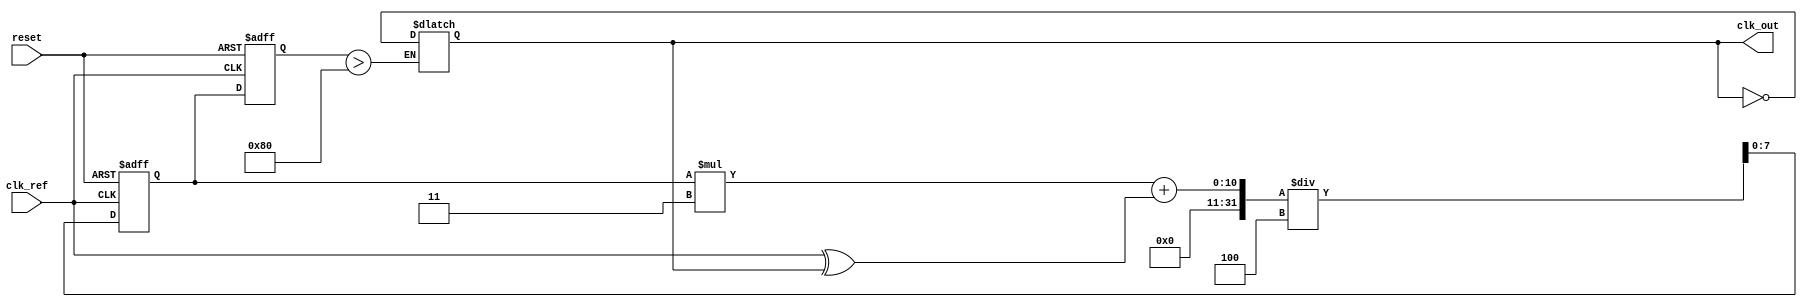
module PLL (
    input wire clk_ref,      // Reference clock input
    input wire reset,        // Reset signal
    output wire clk_out      // Output clock
);
    // Parameters
    parameter PHASE_COUNT = 8; // Number of phases to store
    parameter LPF_FACTOR = 4;   // Low-pass filter factor

    // Internal signals
    reg [PHASE_COUNT-1:0] phase_memory; // Memory block for phase storage
    reg [7:0] vco_control;              // Control voltage for VCO
    wire phase_error;                   // Phase error signal
    wire clk_vco;                       // VCO output clock
    reg [7:0] lpf;                      // Low-pass filter output

    // Phase Detector (PD)
    assign phase_error = clk_ref ^ clk_vco; // Example phase error calculation
    
    // Low-Pass Filter (LPF)
    always @(posedge clk_ref or posedge reset) begin
        if (reset) begin
            lpf <= 0; // Reset LPF
        end else begin
            lpf <= (lpf * (LPF_FACTOR - 1) + phase_error) / LPF_FACTOR; // Simple LPF implementation
        end
    end

    // Voltage-Controlled Oscillator (VCO)
    always @(posedge clk_ref or posedge reset) begin
        if (reset) begin
            vco_control <= 0; // Reset VCO control voltage
        end else begin
            vco_control <= lpf; // Set VCO control voltage to filtered value
        end
    end

    // VCO Simulation - Adjust output frequency based on control voltage
    always @(vco_control) begin
        clk_vco <= (vco_control > 128) ? ~clk_vco : clk_vco; // Example frequency control
    end

    // Memory block to store phase information
    always @(posedge clk_ref or posedge reset) begin
        if (reset) begin
            phase_memory <= 0; // Reset memory block
        end else begin
            phase_memory <= {phase_memory[PHASE_COUNT-2:0], phase_error}; // Shift phase information
        end
    end

    // Output clock signal from VCO
    assign clk_out = clk_vco;

endmodule